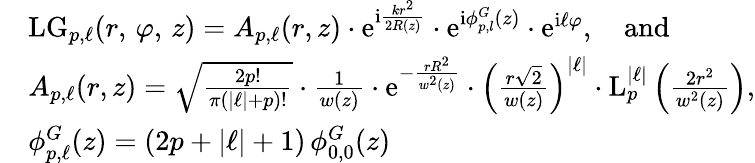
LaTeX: \begin{array}{rl}&{\mathrm{LG}_{p,\ell}(r,\, \varphi,\, z)=A_{p,\ell}(r,z)\cdot\mathrm{e}^{\mathrm{i}\frac{kr^{2}}{2R(z)}}\cdot\mathrm{e}^{\mathrm{i}\phi_{p,l}^{G}(z)}\cdot\mathrm{e}^{\mathrm{i}\ell\varphi},\quad\mathrm{and}}\\ &{A_{p,\ell}(r,z)=\sqrt{\frac{2p!}{\pi(|\ell|+p)!}}\cdot\frac{1}{w(z)}\cdot\mathrm{e}^{-\frac{rR{^2}}{w^{2}(z)}}\cdot\left(\frac{r\sqrt{2}}{w(z)}\right)^{|\ell|}\cdot\mathrm{L}_{p}^{|\ell|}\left(\frac{2r^{2}}{w^{2}(z)}\right),}\\ &{\phi_{p,\ell}^{G}(z)=(2p+|\ell|+1)\, \phi_{0,0}^{G}(z)}\end{array}